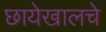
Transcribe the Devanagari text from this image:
छायेखालचे